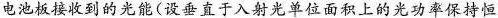
电池板接收到的光能(设垂直于入射光单位面积上的光功率保持恒